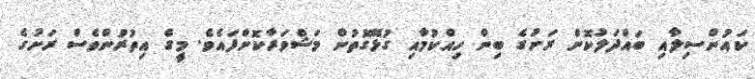
ކައުންސިލާއި ބައްދަލުކޮށް ރަށުގެ ބިން ހިއްކުމާއި ގުޅޭގޮތުން މަޝްވަރާކޮށްފައެވެ. މީގެ އިތުރުންވެސް ރަށުގެ